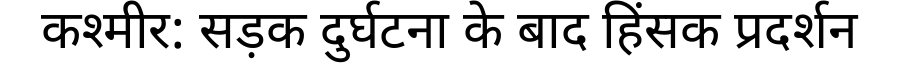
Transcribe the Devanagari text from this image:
कश्मीर: सड़क दुर्घटना के बाद हिंसक प्रदर्शन